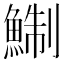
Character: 鯯